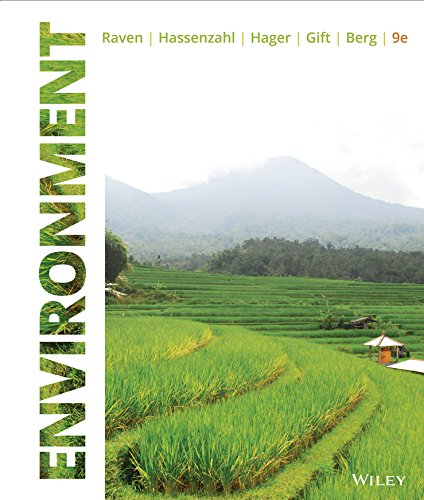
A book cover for Environment, 9th Edition; Peter H. Raven; Science & Math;